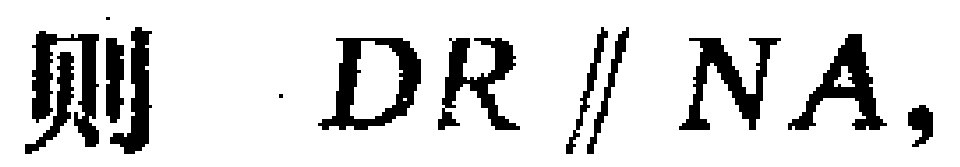
则 \(DR\parallel NA,\)